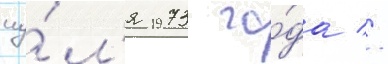
иу́л'я 1973 го́да //